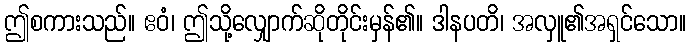
ဤစကားသည်။ ဧဝံ၊ ဤသို့လျှောက်ဆိုတိုင်းမှန်၏။ ဒါနပတိ၊ အလှူ၏အရှင်သော။